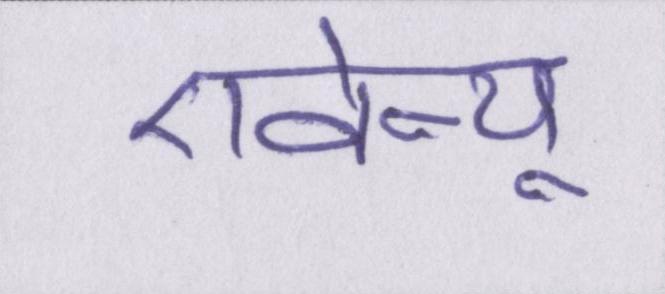
एवेन्यू